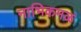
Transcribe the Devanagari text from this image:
नाभिकमळ